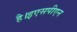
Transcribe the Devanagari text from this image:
है।इएसपीएन